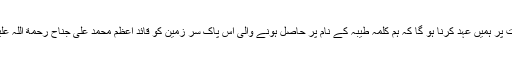
آج قائد اعظم رحمة اللہ علیہ کے یوم وفات پر ہمیں عہد کرنا ہو گا کہ ہم کلمہ طیبہ کے نام پر حاصل ہونے والی اس پاک سر زمین کو قائد اعظم محمد علی جناح رحمة اللہ علیہ اور علامہ اقبال کا پاکستان بنائیں گے۔